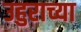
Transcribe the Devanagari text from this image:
उहुराच्या